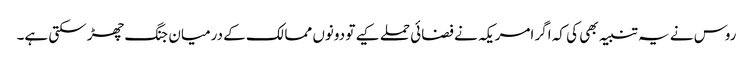
روس نے یہ تنبیہ بھی کی کہ اگر امریکہ نے فضائی حملے کیے تو دونوں ممالک کے درمیان جنگ چھڑ سکتی ہے۔